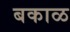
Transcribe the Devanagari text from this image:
बकाळ